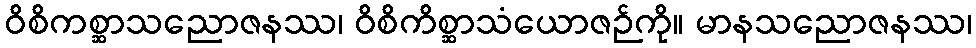
ဝိစိကစ္ဆာသညောဇနဿ၊ ဝိစိကိစ္ဆာသံယောဇဉ်ကို။ မာနသညောဇနဿ၊